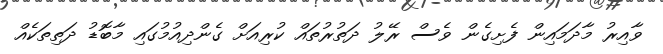
ވާއިރު މާދަމައިން ފެށިގެން ވެސް ރޭލު ދަތުރުތައް ކުރިއަށް ގެންދިއުމުގައި މާބޮޑު ދަތިތަކެއް